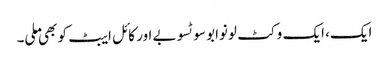
ایک، ایک وکٹ لونوابو سوٹسوبے اور کائل ایبٹ کو بھی ملی۔